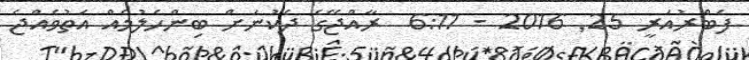
ފެބްރުއަރީ 25